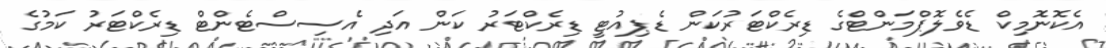
އެކޮނޮމިކް ޑެވެލޮޕްމަންޓްގެ ޑިރެކްޓަރުކަން ޑެޕިއުޓީ ޑިރެކްޓަރު ކަން އަދި އެސިސްޓެންޓް ޑިރެކްޓަރު ކަމުގެ